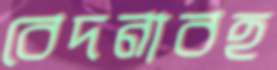
বেদনাবহ